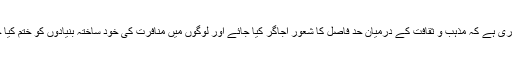
ضروری ہے کہ مذہب و ثقافت کے درمیان حد فاصل کا شعور اُجاگر کیا جائے اور لوگوں میں منافرت کی خود ساختہ بنیادوں کو ختم کیا جائے۔